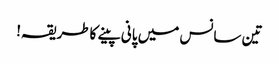
تین سانس میں پانی پینے کاطریقہ!